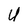
Character: U